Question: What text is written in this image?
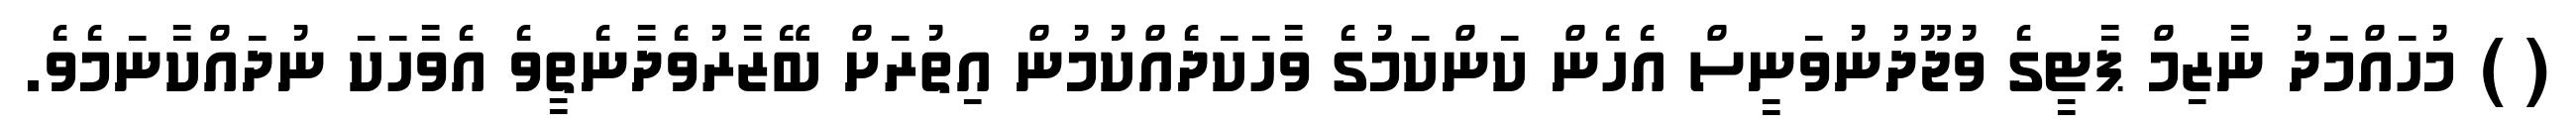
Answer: ( ) މުހައްމަދު ނާޒިމް ޕާޓީގެ ވުޖޫދުނުވަނީސް އެހެން ކަންކަމުގެ ވާހަކަދެއްކުމުން އިތުރަށް ބޭޒާރުވެދާނެތީވެ އެވާހަކަ ނުދައްކާނަމެވެ.